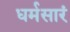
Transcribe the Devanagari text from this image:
धर्मसारं